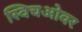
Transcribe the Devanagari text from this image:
स्विचओवर